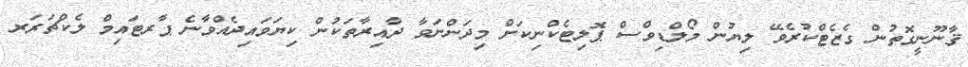
ޤާނޫނީގޮތުން ގެޒެޓްކުރެވޭ ލިޔުން މޯލްޑިވްސް ޕޮލިޓެކްނިކަށް މިދަންނަވާ ދާއިރާތަކުން ކިޔަވައިދެއްވާނެ ޕާރޓައިމް ލެކްޗަރަރ